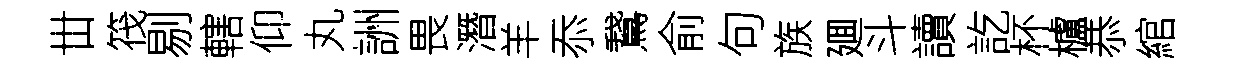
丗筏剔轄仰丸詶畏潛羊忝鵞俞句族廽斗讀訖杯櫨恭綰